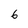
Character: 6